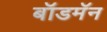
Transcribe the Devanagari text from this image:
बॉडमॅन